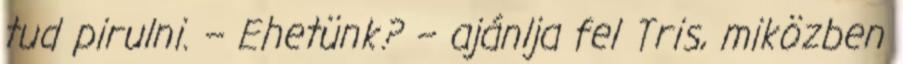
tud pirulni. – Ehetünk? – ajánlja fel Tris, miközben